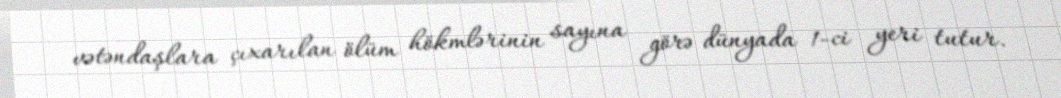
vətəndaşlara çıxarılan ölüm hökmlərinin sayına görə dünyada 1-ci yeri tutur.